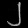
Digit: ၂